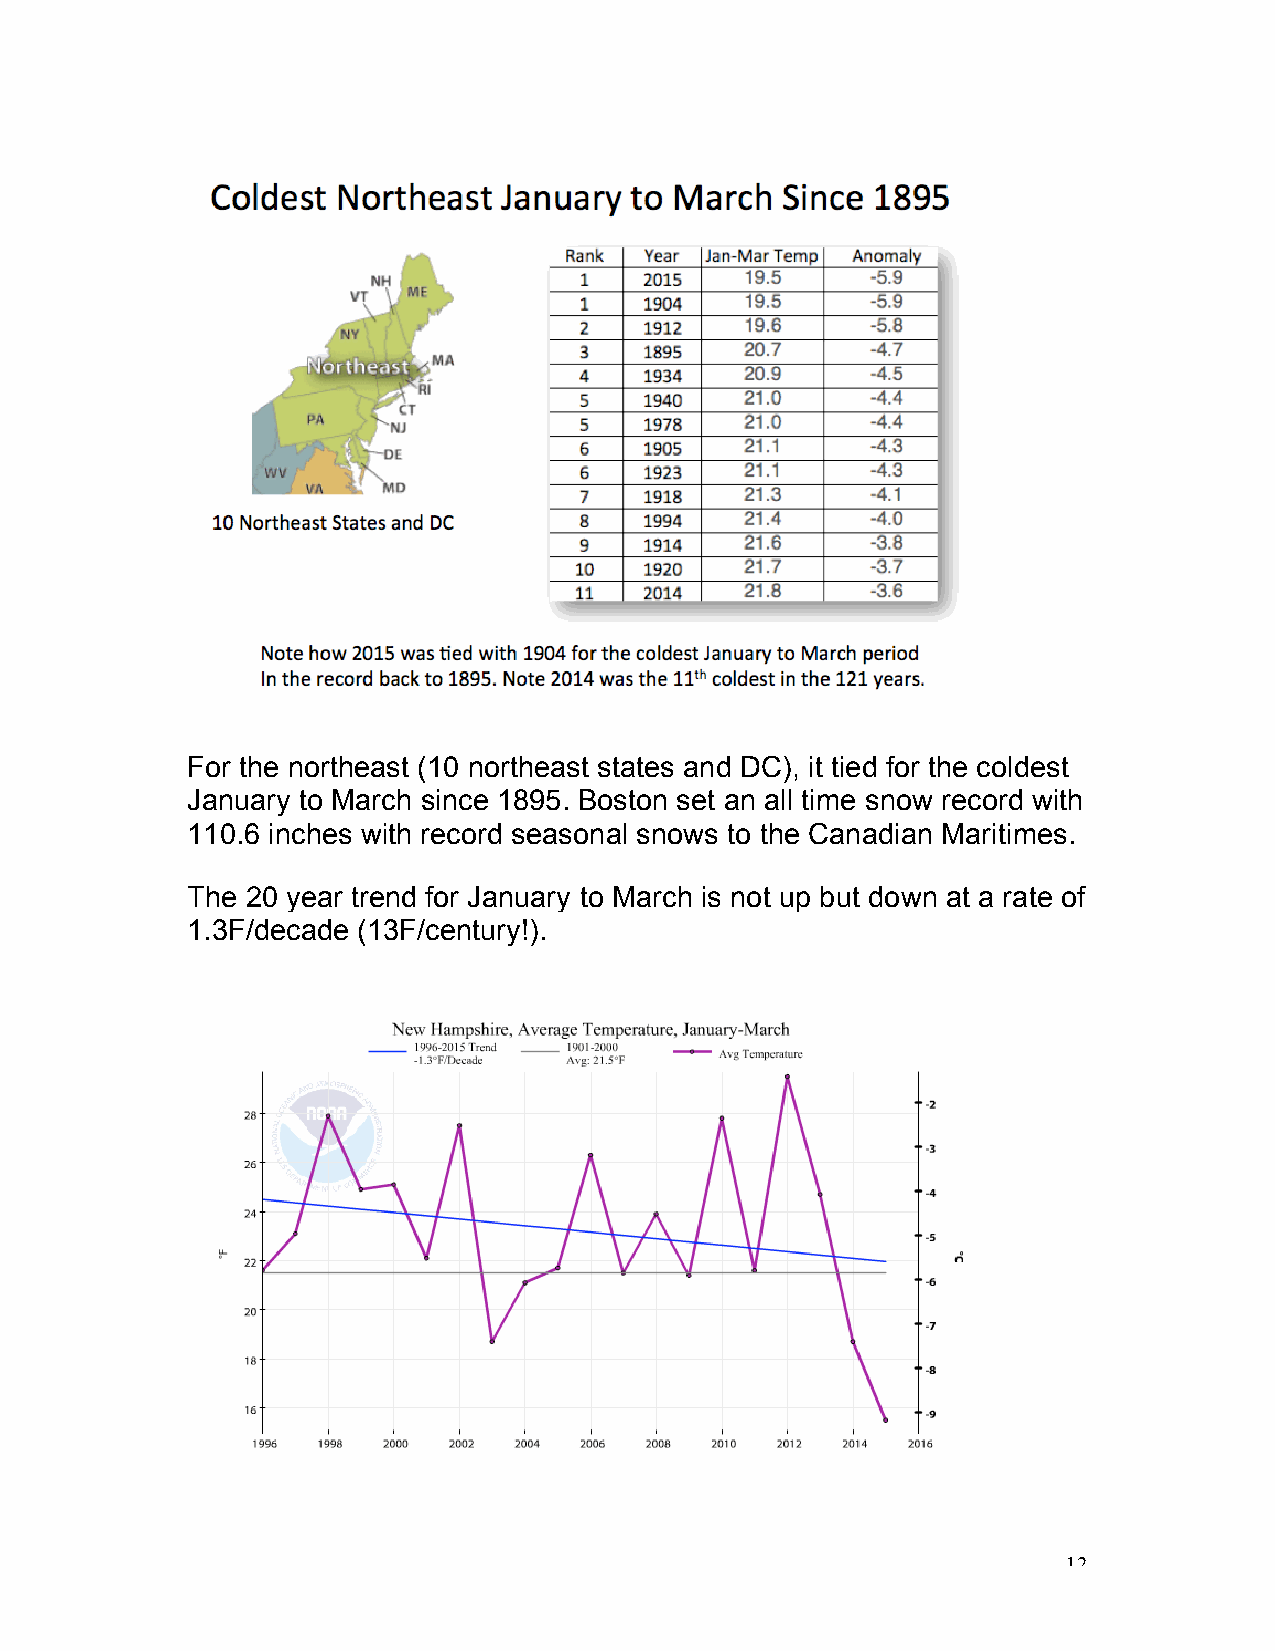
For the northeast (10 northeast states and DC), it tied for the coldest
 January to March since 1895. Boston set an all time snow record with
 110.6 inches with record seasonal snows to the Canadian Maritimes.
 The 20 year trend for January to March is not up but down at a rate of
 1.3F/decade (13F/century!).
 12